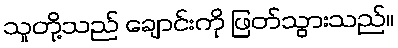
သူတို့သည် ချောင်းကို ဖြတ်သွားသည်။